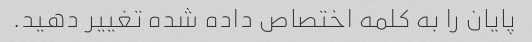
پایان را به کلمه اختصاص داده شده تغییر دهید.